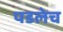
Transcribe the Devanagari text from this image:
पडलेच